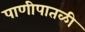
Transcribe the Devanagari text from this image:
पाणीपातळी